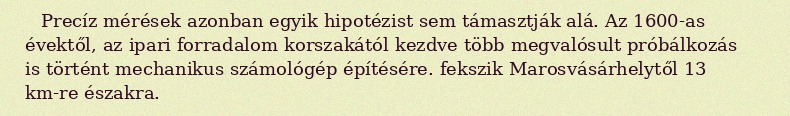
Precíz mérések azonban egyik hipotézist sem támasztják alá. Az 1600-as évektől, az ipari forradalom korszakától kezdve több megvalósult próbálkozás is történt mechanikus számológép építésére. fekszik Marosvásárhelytől 13 km-re északra.